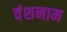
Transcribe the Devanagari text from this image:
वंशनाम